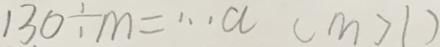
1 3 0 \div m = \cdots a ( m > 1 )